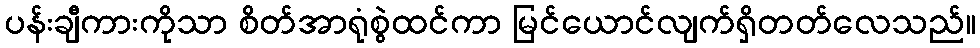
ပန်းချီကားကိုသာ စိတ်အာရုံစွဲထင်ကာ မြင်ယောင်လျက်ရှိတတ်လေသည်။